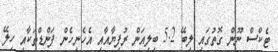
ޓެކްސް ނޫން ގޮތުގައި ލިބޭ 5.2 ބިލިއަން ރުފިޔާއާއި އެހެނިހެން ފަންޑްތަކާއި ހިލޭ